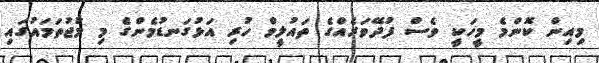
މިއިން ކޮންމެ މީހަކީ ވެސް ފުދޭވަރެއްގެ ތައުލީމް ހުރި އަޅުގަނޑުމެންގެ މި މުޖުތަމައުގައި